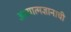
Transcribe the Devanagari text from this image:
अध्यात्मज्ञानाची